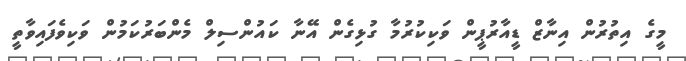
މީގެ އިތުރުން އިނާޒް ޑީއާރުޕީން ވަކިކުރުމާ ގުޅިގެން އޭނާ ކައުންސިލް މެންބަރުކަމުން ވަކިވެފައިވާތީ